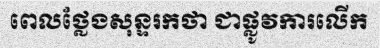
ពេលថ្លែងសុន្ទរកថា ជាផ្លូវការលើក